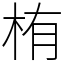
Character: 栯